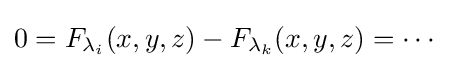
0=F_{\lambda _{i}}(x,y,z)-F_{\lambda _{k}}(x,y,z)=\dotsb